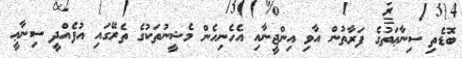
ބޮޑެތި ސިނާޢަތުގެ ފަރާތުން އާވި އިންޖީނާއި އެހެނިހެން މެޝީނުތަކުގެ ތެރޭގައި އުފެއްދީ ސިނާޢީ